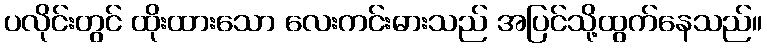
ပလိုင်းတွင် ထိုးထားသော လေးကင်းဓားသည် အပြင်သို့ထွက်နေသည်။